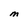
Character: M